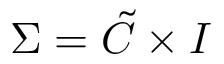
\Sigma = \tilde { \cal { C } } \times I